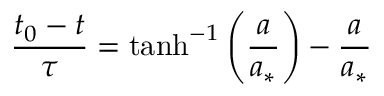
\frac { t _ { 0 } - t } { \tau } = \operatorname { t a n h } ^ { - 1 } \left( \frac { a } { a _ { * } } \right) - \frac { a } { a _ { * } }